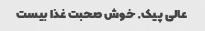
عالی پیک. خوش صحبت غذا بیست